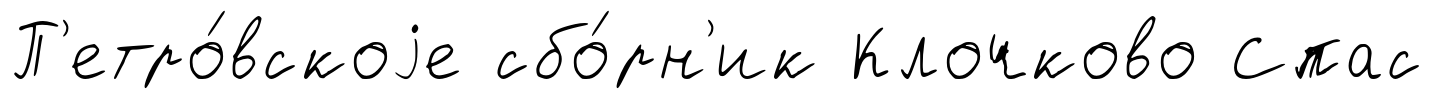
П'етро́вскоjе сбо́рн'ик Клочково Спас